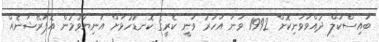
ބައިސްކަލް ދުއްވަވަނިކޮށް 1992 ވަނަ އަހަރު ވަނީ ކެރީގެ ކޮނޑުހުޅަށް އަނިޔާވުމުން އޮޕަރޭޝަނެއް